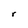
Character: r